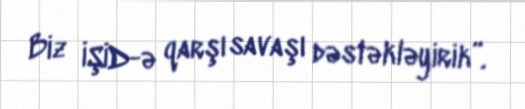
Biz İŞİD-ə qarşı savaşı dəstəkləyirik”.